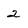
Character: 2